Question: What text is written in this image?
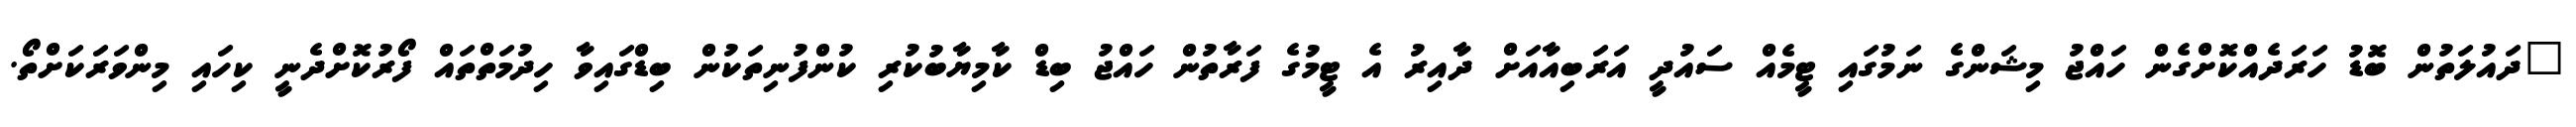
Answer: "ދައުލަތުން ބޮޑު ހަރަދެއްކޮށްގެން ހައްޖު މިޝަންގެ ނަމުގައި ޓީމެއް ސައުދީ އަރަބިއާއަށް ދާއިރު އެ ޓީމުގެ ފަރާތުން ހައްޖު ބިޑް ކާމިޔާބުކުރި ކުންފުނިތަކުން ބިޑްގައިވާ ހިދުމަތްތައް ފޯރުކޮށްދެނީ ކިހައި މިންވަރަކަށްތޯ.